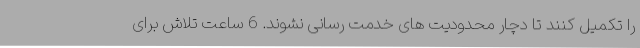
را تکمیل کنند تا دچار محدودیت های خدمت رسانی نشوند. 6 ساعت تلاش برای